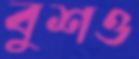
বুশও